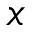
x